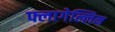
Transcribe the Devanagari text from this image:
फ्लागेल्लिन